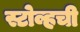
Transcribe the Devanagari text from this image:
स्टोव्हची